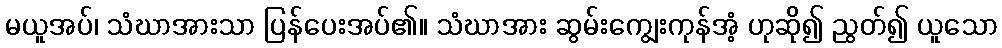
မယူအပ်၊ သံဃာအားသာ ပြန်ပေးအပ်၏။ သံဃာအား ဆွမ်းကျွေးကုန်အံ့ ဟုဆို၍ ညွတ်၍ ယူသော